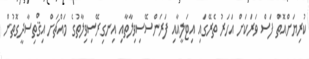
ކުރިޔަށްއޮތް ފަސް ވަރަކަށް އަހަރު ތެރޭގައި އިޓަލީއާއި ފަރަންސޭސިވިލާތާއި އިނގިރޭސިވިލާތުގެ މައްޗަށް އިޤްތިސާދީގޮތުން